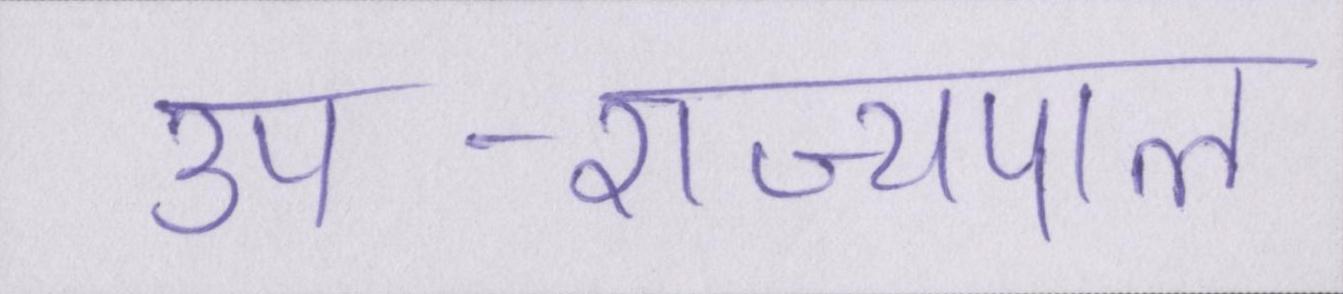
उप-राज्यपाल